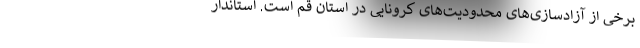
برخی از آزادسازی‌های محدودیت‌های کرونایی در استان قم است. استاندار